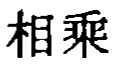
相乘